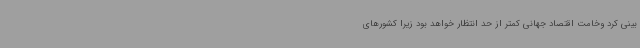
بینی کرد وخامت اقتصاد جهانی کمتر از حد انتظار خواهد بود زیرا کشورهای